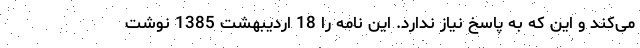
می‌کند و این که به پاسخ نیاز ندارد. این نامه را 18 اردیبهشت 1385 نوشت